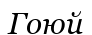
Гоюй